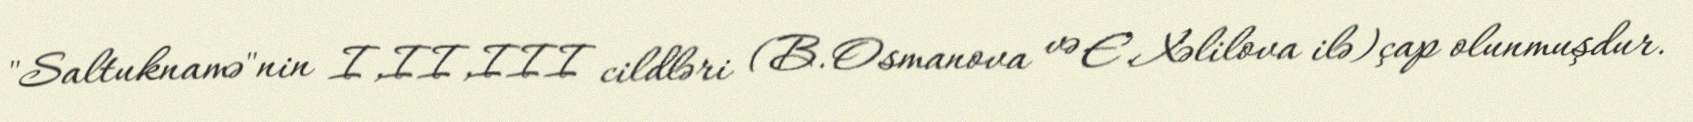
"Saltuknamə"nin I,II,III cildləri (B.Osmanova və E.Xəlilova ilə)çap olunmuşdur.